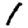
Digit: 1